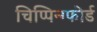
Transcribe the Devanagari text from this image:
चिप्पिन्ग्फोर्ड